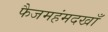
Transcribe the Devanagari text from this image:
फैजमहंमदखाँ